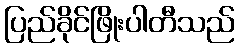
ပြည်ခိုင်ဖြိုးပါတီသည်